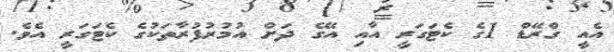
އެއީ ގްރޭޑް 1ގެ ކެޓަގަރީ އާއި އޭގެ ދަށް އުމުރުފުރާތަކުގެ ކެޓަގަރީ އެވެ.